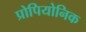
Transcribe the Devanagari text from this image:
प्रोपियोनिक